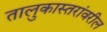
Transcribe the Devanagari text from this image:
तालुकास्तरांवरील